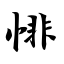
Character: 悱